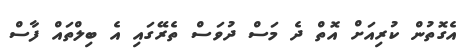
އެގޮތުން ކުރިއަށް އޮތް ދެ މަސް ދުވަސް ތެރޭގައި އެ ބިލްތައް ފާސް